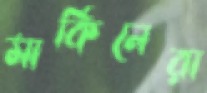
মার্কিনেরা